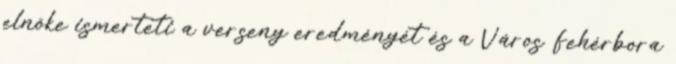
elnöke ismerteti a verseny eredményét és a Város Fehérbora